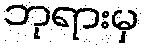
ဘုရားမှ